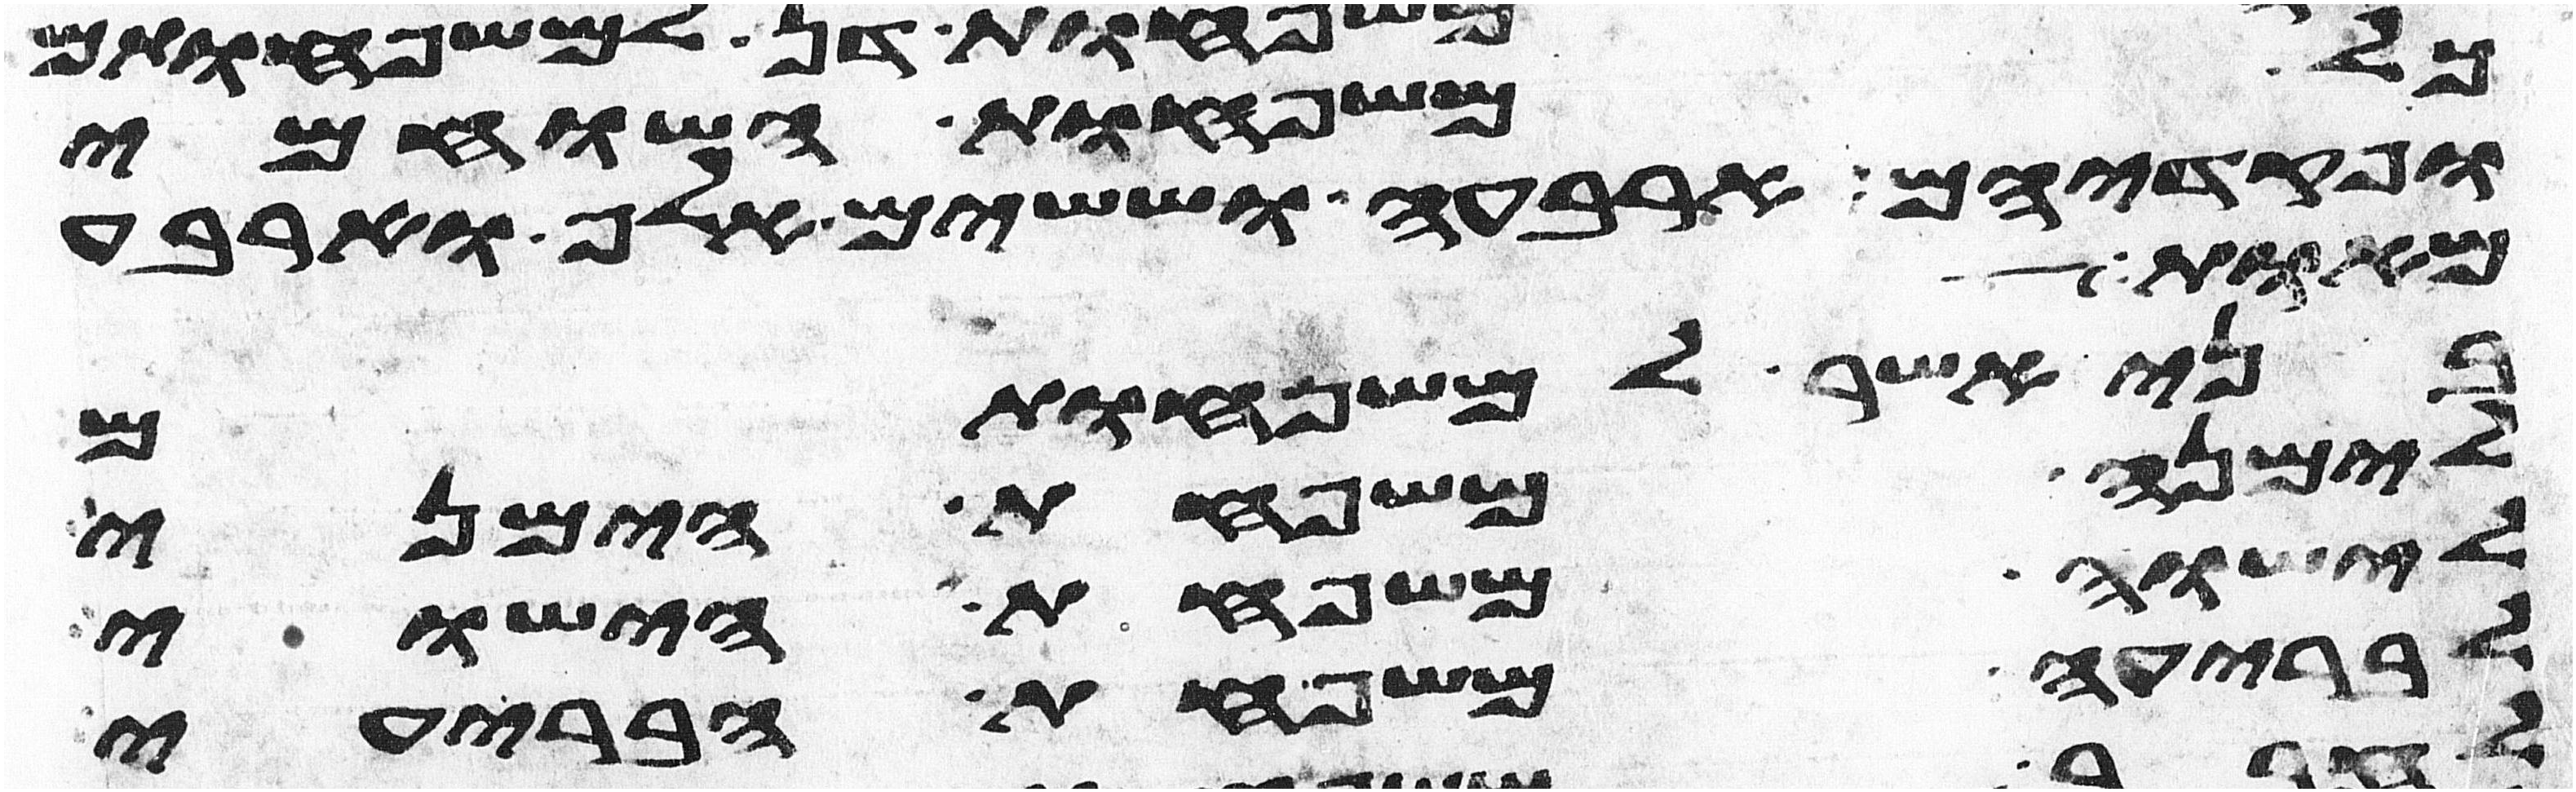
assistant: כל משפחות השוחמי
ופקדיהם ארבעה וששים אלף וארבע
מאות
בני אשר למשפחותם
לימנה משפחת הימני
לישוה משפחת הישוי
לבריעה משפחת הבריעי